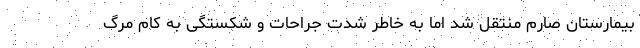
بیمارستان صارم منتقل شد اما به خاطر شدت جراحات و شکستگی به کام مرگ